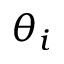
\theta _ { i }